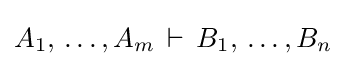
A_{1},\,\dots ,A_{m}\,\vdash \,B_{1},\,\dots ,B_{n}